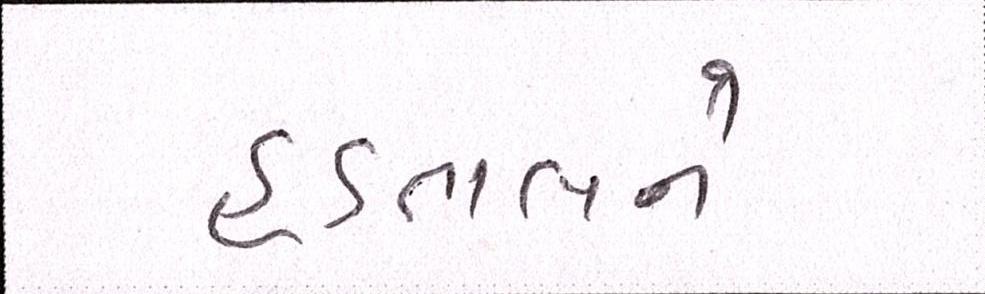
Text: હડતાલને